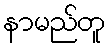
နာမည်တူ